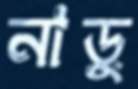
নাড়ু